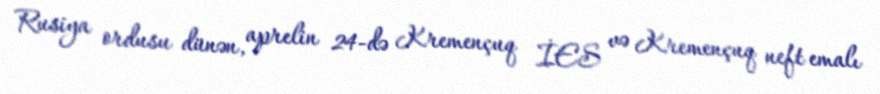
Rusiya ordusu dünən, aprelin 24-də Kremençuq İES və Kremençuq neft emalı